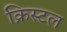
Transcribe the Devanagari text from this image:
क्रिस्‍टल